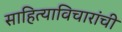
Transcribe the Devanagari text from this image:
साहित्याविचारांची